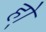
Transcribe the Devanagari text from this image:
हो्